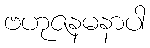
ဗဟုဇနမနာပါ